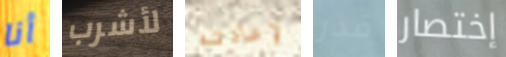
أنا لأشرب لإعادته قدر إختصار